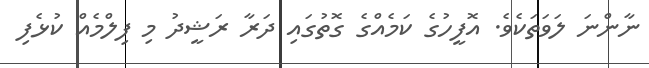
ނާންނަ ލަވަތަކެވެ. އޮފީހުގެ ކަމެއްގެ ގޮތުގައި ދަރާ ރަޝީދު މި ފިލްމެއް ކުޅެފި